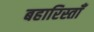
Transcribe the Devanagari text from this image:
बहारिस्ताँ